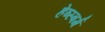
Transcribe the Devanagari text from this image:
हेब्स्बर्ग